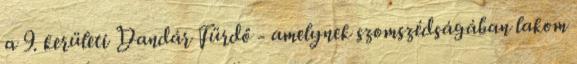
a 9. kerületi Dandár Fürdő - amelynek szomszédságában lakom